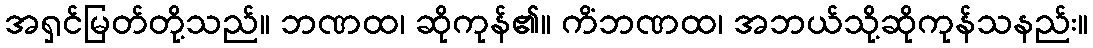
အရှင်မြတ်တို့သည်။ ဘဏထ၊ ဆိုကုန်၏။ ကိံဘဏထ၊ အဘယ်သို့ဆိုကုန်သနည်း။